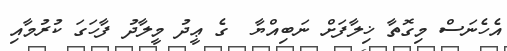
އެހެނަސް މިގޮތާ ޚިލާފަށް ނަބިއްޔާ  ގެ ޢީދު މީލާދު ފާހަގަ ކުރުމާއި